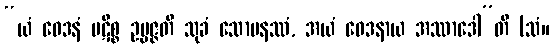
“ယံ ဝေဒနံ ပဋိစ္စ ဥပ္ပဇ္ဇတိ သုခံ သောမနဿံ, အယံ ဝေဒနာယ အဿာဒေါ”တိ (သံ။